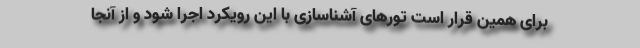
برای همین قرار است تورهای آشناسازی با این رویکرد اجرا شود و از آنجا